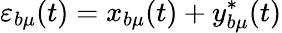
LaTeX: \varepsilon_{b\mu}(t)=x_{b\mu}(t)+y_{b\mu}^{*}(t)